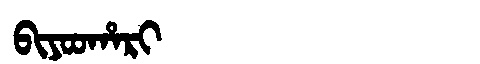
Manchu: ᠪᡳᠶᠣᠣᡥᠠᡵᡳ
Romanization: BIYOOHARI